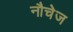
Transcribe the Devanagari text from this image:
नौचेज